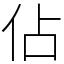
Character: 佔